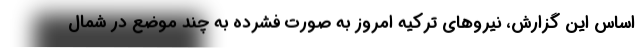
اساس این گزارش، نیروهای ترکیه امروز به صورت فشرده به چند موضع در شمال